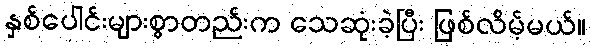
နှစ်ပေါင်းများစွာတည်းက သေဆုံးခဲ့ပြီး ဖြစ်လိမ့်မယ်။